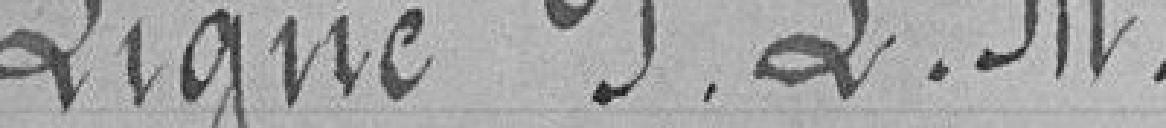
Ligne P.L.M.